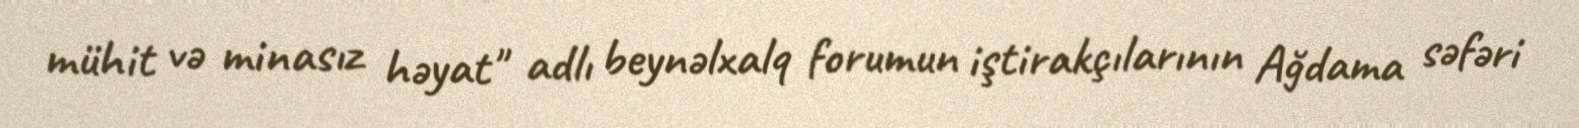
mühit və minasız həyat" adlı beynəlxalq forumun iştirakçılarının Ağdama səfəri